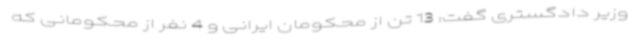
وزیر دادگستری گفت: 13 تن از محکومان ایرانی و 4 نفر از محکومانی که